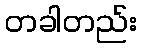
တခါတည်း